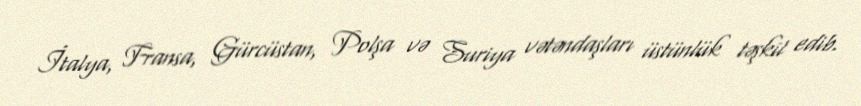
İtalya, Fransa, Gürcüstan, Polşa və Suriya vətəndaşları üstünlük təşkil edib.